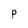
Character: p